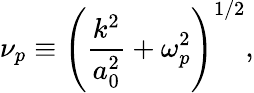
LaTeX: \nu_{p}\equiv\left(\frac{k^{2}}{a_{0}^{2}}+\omega_{p}^{2}\right)^{1/2},